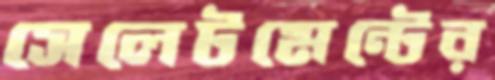
সেলেটমেন্টের